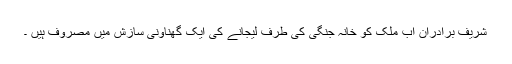
شریف برادران اب ملک کو خانہ جنگی کی طرف لیجانے کی ایک گھناونی سازش میں مصروف ہیں ۔